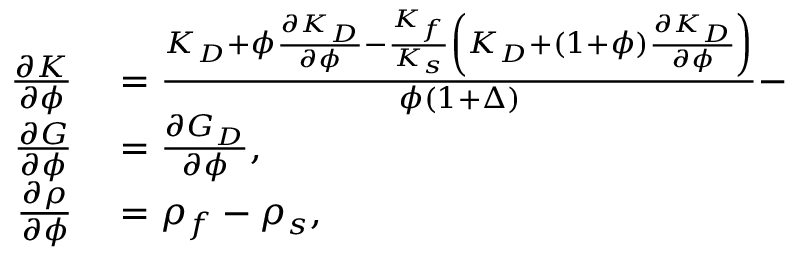
\begin{array} { r } { \begin{array} { r l } { \frac { \partial K } { \partial \phi } } & { { } = \frac { K _ { D } + \phi \frac { \partial K _ { D } } { \partial \phi } - \frac { K _ { f } } { K _ { s } } \left( K _ { D } + ( 1 + \phi ) \frac { \partial K _ { D } } { \partial \phi } \right) } { \phi ( 1 + \Delta ) } - } \\ { \frac { \partial G } { \partial \phi } } & { { } = \frac { \partial G _ { D } } { \partial \phi } , } \\ { \frac { \partial \rho } { \partial \phi } } & { { } = \rho _ { f } - \rho _ { s } , } \end{array} } \end{array}